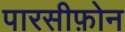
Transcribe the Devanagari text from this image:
पारसीफ़ोन